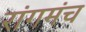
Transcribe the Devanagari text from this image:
रांगमंच